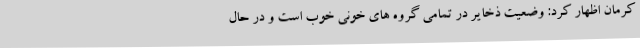
کرمان اظهار کرد: وضعیت ذخایر در تمامی گروه های خونی خوب است و در حال